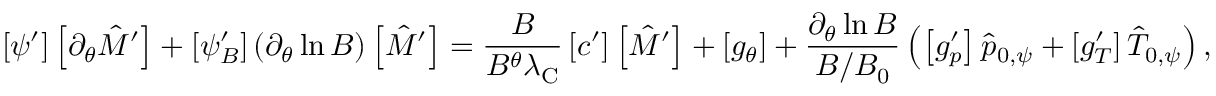
\left[ \psi ^ { \prime } \right] \left[ \partial _ { \theta } \hat { M } ^ { \prime } \right] + \left[ \psi _ { B } ^ { \prime } \right] ( \partial _ { \theta } \ln B ) \left[ \hat { M } ^ { \prime } \right] = \frac { B } { B ^ { \theta } \lambda _ { \mathrm { C } } } \left[ c ^ { \prime } \right] \left[ \hat { M } ^ { \prime } \right] + \left[ g _ { \theta } \right] + \frac { \partial _ { \theta } \ln B } { B / B _ { 0 } } \left( \left[ g _ { p } ^ { \prime } \right] \hat { p } _ { 0 , \psi } + \left[ g _ { T } ^ { \prime } \right] \hat { T } _ { 0 , \psi } \right) ,